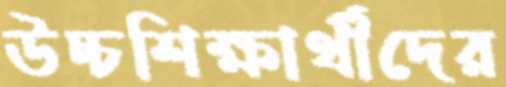
উচ্চশিক্ষার্থীদের